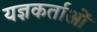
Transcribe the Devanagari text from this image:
यज्ञकर्ताओं